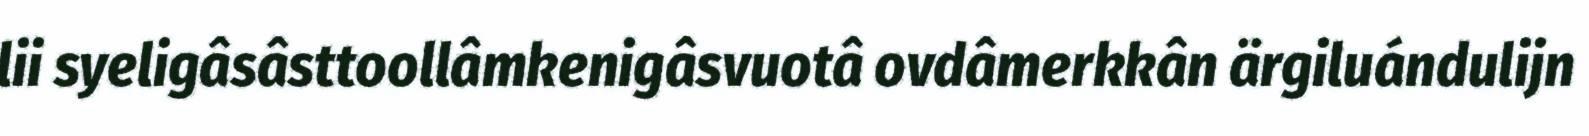
lii syeligâsâsttoollâmkenigâsvuotâ ovdâmerkkân ärgiluándulijn